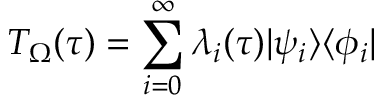
T _ { \Omega } ( \tau ) = \sum _ { i = 0 } ^ { \infty } \lambda _ { i } ( \tau ) | \psi _ { i } \rangle \langle \phi _ { i } |